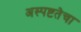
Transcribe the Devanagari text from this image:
अस्पष्टतेचा